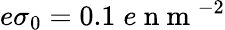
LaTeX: e\sigma_{0}=0.1\; e\mathrm{~n~m~}^{-2}